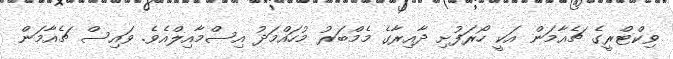
ވިކްޓްރީގެ ޗެއާމަން އަކީ ހޯރަފުށި ދާއިރާގެ މެމްބަރު މުހައްމަދު އިސްމާއިލްއެވެ. ވައިސް ޗެއާމަން